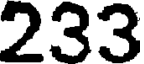
233